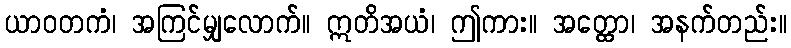
ယာဝတကံ၊ အကြင်မျှလောက်။ ဣတိအယံ၊ ဤကား။ အတ္ထော၊ အနက်တည်း။